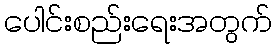
ပေါင်းစည်းရေးအတွက်